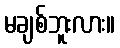
မချစ်ဘူးလား။